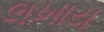
લખાય